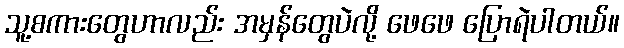
သူ့စကားတွေဟာလည်း အမှန်တွေပဲလို့ ဖေဖေ ပြောရဲပါတယ်။